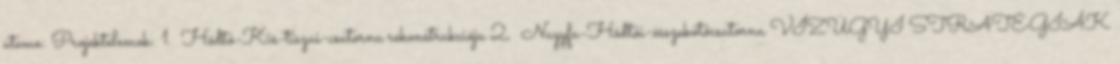
üteme: Projektelemek: 1. Hódtó-Kis-tiszai-csatorna rekonstrukciója 2. Nagyfa-Hódtói-összekötőcsatorna VÍZÜGYI STRATÉGIÁK